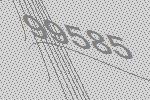
99585